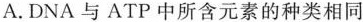
A. DNA与ATP中所含元素的种类相同